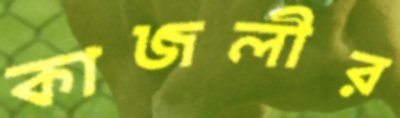
কাজলীর